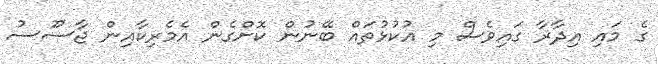
ގެ މައި އިދާރާ ގައިވެސް މި އުކުޅުތައް ބޭނުން ކޮށްގެން އެމެރިކާއިން ޖާސޫސު